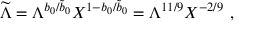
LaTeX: { \widetilde \Lambda } = \Lambda ^ { b _ { 0 } / { \widetilde b } _ { 0 } } X ^ { 1 - b _ { 0 } / { \widetilde b } _ { 0 } } = \Lambda ^ { 1 1 / 9 } X ^ { - 2 / 9 } ~ ,